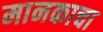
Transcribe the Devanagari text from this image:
मानकाचा